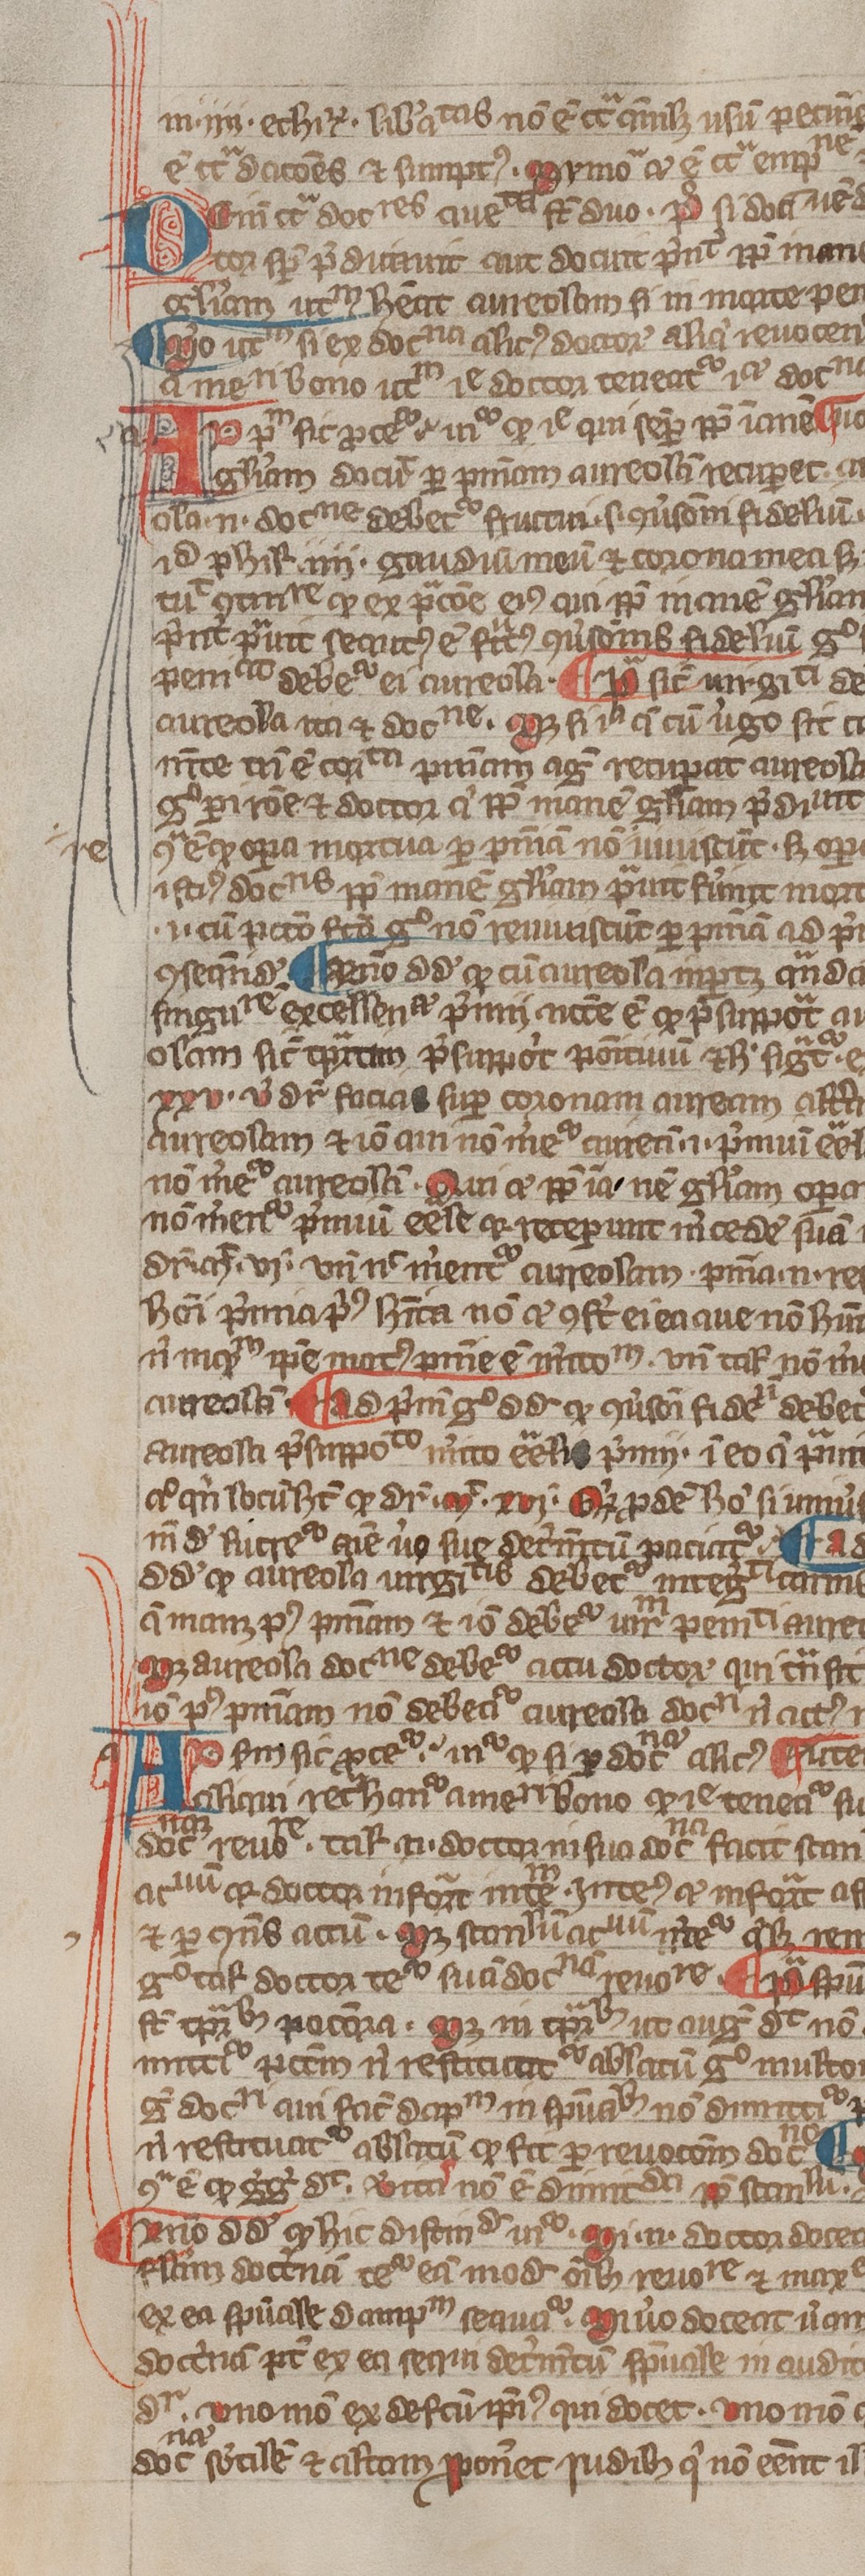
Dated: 1300–1399